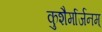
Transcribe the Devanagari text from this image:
कुशैर्मार्जनम्